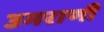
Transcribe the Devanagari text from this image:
उमराणी